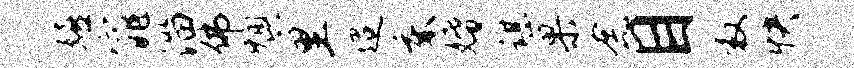
嬉窕淄佛燠里迢床婚谌果念目救快